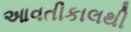
આવતીકાલથી